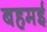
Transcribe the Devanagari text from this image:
बहमई